system: You are a helpful assistant.
user:
Analyze the provided spectrum to determine if it is a **White Dwarf (WD)**.

A White Dwarf spectrum is defined by its **extreme purity** (due to gravitational settling) and/or **extreme pressure broadening** (due to high surface gravity). You must check for one of the following mutually exclusive signatures:

- **Key Visual Indicators (Check for ONE of these types):**

    - **1. DA-Type Signature (Most Common):**
        - **(Primary Feature):** Extreme pressure broadening (Stark broadening) of the **Hydrogen (H) Balmer lines**.
        - **(Key Lines):** $H\beta$ (approx. $4861$ Å) and $H\gamma$ (approx. $4340$ Å). $H\alpha$ (approx. $6563$ Å) will also be present if the wavelength range covers it.
        - **(Line Profile):** This is the **defining feature**. The lines are **NOT** sharp. They appear as massive, **extremely broad and deep "troughs" or "dips"** in the spectrum, often hundreds of Ångströms wide. The continuum will appear to "scoop" down at these wavelengths.
        - **(Distinction):** Normal A-type or B-type stars have *narrow* and *sharp* Hydrogen lines. A DA White Dwarf's lines are unmistakably "smeared" or "blurry" from pressure.

    - **2. DB-Type Signature:**
        - **(Primary Feature):** Broad absorption lines from **Neutral Helium (He I)**. The spectrum must lack any visible Hydrogen lines.
        - **(Key Lines):** Look for broad absorption near $4471$ Å, $4921$ Å, and $5876$ Å.
        - **(Line Profile):** These lines are also significantly pressure-broadened, appearing much wider than they would in a normal B-type main-sequence star.

    - **3. DC-Type Signature:**
        - **(Primary Feature):** A **featureless continuous spectrum**.
        - **(Line Profile):** The spectrum is a smooth curve with **no significant absorption or emission lines**.
        - **(Key Confirmation):** The continuum is almost always **blue or white**, indicating a hot object. This signature implies the atmosphere is so pure (or so cool) that no spectral lines are visible in the optical range. Its WD identity is confirmed by its extremely low intrinsic brightness (high absolute magnitude).

    - **4. DZ-Type Signature (Metal-Polluted):**
        - **(Primary Feature):** **Isolated, narrow metal absorption lines** on an otherwise featureless (DC-like) continuum.
        - **(Key Lines):** The **Calcium (Ca II) H & K doublet** (approx. **$3934$ Å** and **$3968$ Å**) is the most common and defining feature.
        - **(Line Profile):** These lines are "out of place." They are *not* part of a "forest" of thousands of lines. This signature is evidence of recent *accretion* (pollution) from rocky debris.
        - **(Distinction):** Normal G/K/M stars have a *dense forest* of thousands of metal lines. A DZ has a *clean* continuum with *only a few* strong metal lines.

    - **5. DQ-Type Signature (Carbon-Polluted):**
        - **(Primary Feature):** Absorption bands from **Carbon (C₂ "Swan Bands" or atomic C I)**.
        - **(Key Lines - C₂):** Look for bandheads with a "saw-tooth" shape near $5635$ Å, **$5165$ Å** (strongest), and $4737$ Å.
        - **(Key Confirmation):** The underlying **continuum must be blue or white** (hot).
        - **(Distinction):** This is the critical difference from a **Carbon Star**, which has the *exact same* C₂ bands but on an extremely **red, cool** continuum.

- **(Overall Spectrum):**
    - The continuum (overall shape) is typically **blue-sloping** (brighter in the blue than the red), as most white dwarfs are very hot.
    - The spectrum will look "pure" or "simple," dominated by only *one* of the five signatures listed above.

Think first, call **spectral_visualization_tool** if needed to examine features in detail, then provide your final answer. Your response must adhere to the following strict rules:
1.  **Overall Structure:** Your response must follow the format `<think>...</think> <tool_call>...</tool_call> (if a tool is used) <answer>...</answer>`.
2.  **Tool Usage Constraint:** You may only make **one** tool call per turn.
3.  **Final Answer Format:** In the `<answer>` tag, your conclusion must be inside a `\boxed{}` command (e.g., `\boxed{YES}` or `\boxed{NO}`), followed by your justification.

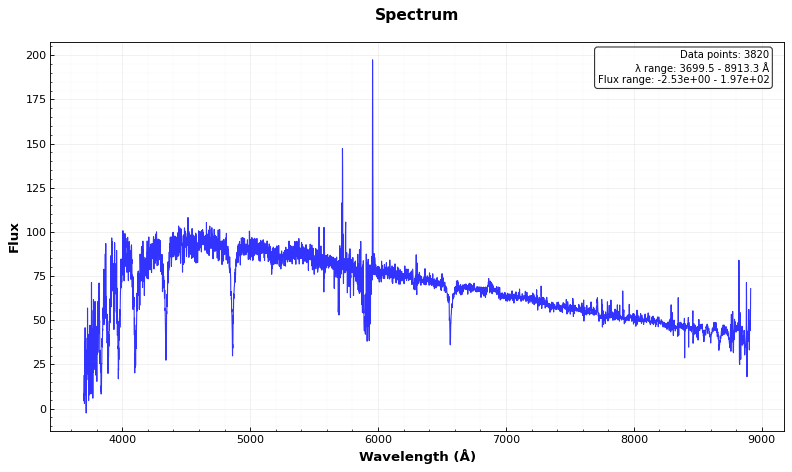
Answer: NO